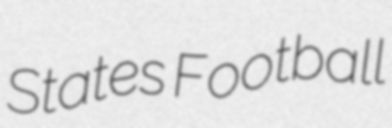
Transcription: States Football